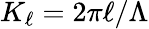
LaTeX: K_{\ell}=2\pi\ell/\Lambda